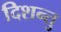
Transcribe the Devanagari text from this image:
दिशन्तु